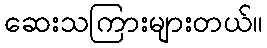
ဆေးသကြားများတယ်။